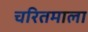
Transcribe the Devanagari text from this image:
चरितमाला